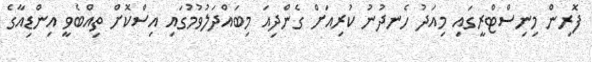
ފޮރިން މިނިސްޓްރީގައި މިއަދު ހެނދުނު ކުރިއަށް ގެންދިއަ މިބައްދަލުވުމުގައި އިސްކޮށް ތިއްބެވީ އިންޑިއާގެ